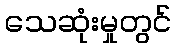
သေဆုံးမှုတွင်